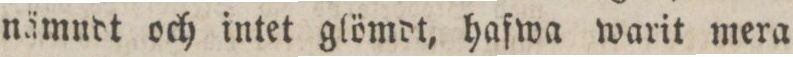
nämndt och intet glömdt, hafwa warit mera